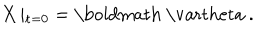
X \left| _ { { \bf t } = 0 } \right. = \mathrm { \boldmath ~ \ v a r t h e t a ~ } .